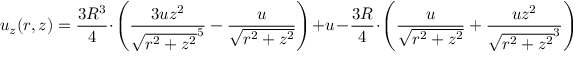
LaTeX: u _ { z } ( r , z ) = { \frac { 3 R ^ { 3 } } { 4 } } \cdot \left( { \frac { 3 u z ^ { 2 } } { { \sqrt { r ^ { 2 } + z ^ { 2 } } } ^ { 5 } } } - { \frac { u } { \sqrt { r ^ { 2 } + z ^ { 2 } } } } \right) + u - { \frac { 3 R } { 4 } } \cdot \left( { \frac { u } { \sqrt { r ^ { 2 } + z ^ { 2 } } } } + { \frac { u z ^ { 2 } } { { \sqrt { r ^ { 2 } + z ^ { 2 } } } ^ { 3 } } } \right)